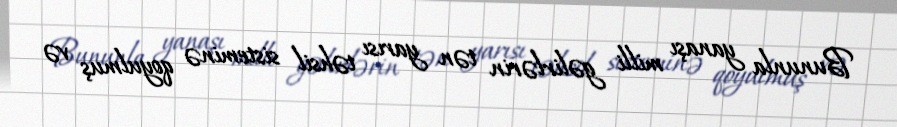
Bununla yanaşı milli gəlirlərin tən yarısı təhsil sisteminə qoyulmuş və